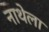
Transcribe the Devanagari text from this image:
नाथेला